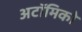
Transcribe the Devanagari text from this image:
अटॉमिको